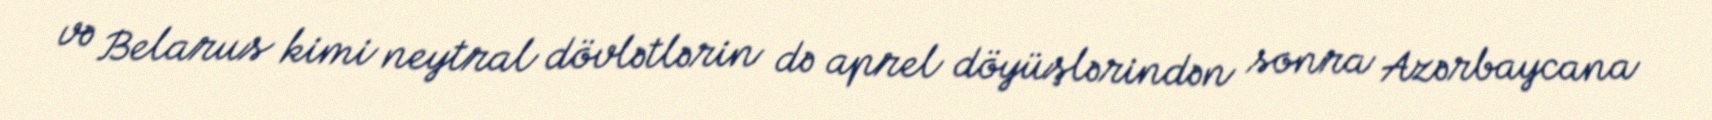
və Belarus kimi neytral dövlətlərin də aprel döyüşlərindən sonra Azərbaycana